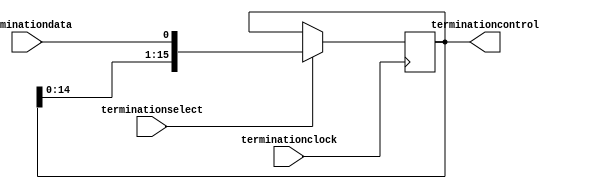
module arriaii_termination_logic(
            terminationclock,
            terminationdata,
            terminationselect,
            terminationcontrol 
        );
    parameter lpm_type = "arriaii_termination_logic"; 
    input terminationclock;
    input terminationselect;
    input terminationdata;
    output [15:0] terminationcontrol;
    reg [15:0] shift_reg;
    assign terminationcontrol = shift_reg;
    initial
        shift_reg = 16'b0;
    always @(posedge terminationclock)
        if (terminationselect == 1'b1)
            shift_reg <= {shift_reg[14:0], terminationdata};
endmodule